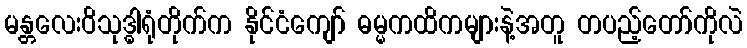
မန္တလေးဝိသုဒ္ဓါရုံတိုက်က နိုင်ငံကျော် ဓမ္မကထိကများနဲ့အတူ တပည့်တော်ကိုလဲ